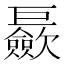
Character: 𪩪